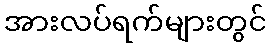
အားလပ်ရက်များတွင်